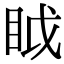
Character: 眓